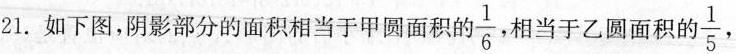
21.如下图，阴影部分的面积相当于甲圆面积的 \frac{1}{6}相当于乙圆面积的 \frac{1}{5}